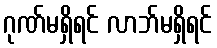
ဂုဏ်မရှိရင် လာဘ်မရှိရင်